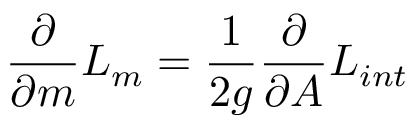
\frac { \partial } { { \partial } m } { \cal { L } } _ { m } = \frac { 1 } { 2 g } \frac { \partial } { \partial A } { \cal { L } } _ { i n t }